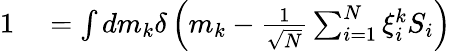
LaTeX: \begin{array}{rl}{1}&{{}=\int dm_{k}\delta\left(m_{k}-\frac{1}{\sqrt{N}}\sum_{i=1}^{N}\xi_{i}^{k}S_{i}\right)}\end{array}